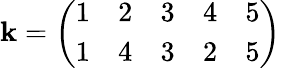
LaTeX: \mathbf{k}={\left(\begin{array}{lllll}{1}&{2}&{3}&{4}&{5}\\ {1}&{4}&{3}&{2}&{5}\end{array}\right)}